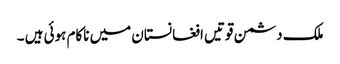
ملک دشمن قوتیں افغانستان میں ناکام ہوئی ہیں ۔